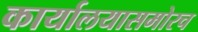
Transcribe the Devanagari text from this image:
कार्यालयासमोरच